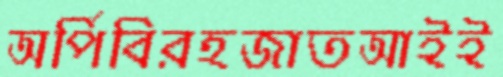
অর্পিবিরহজাতআইই